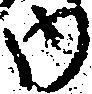
内